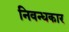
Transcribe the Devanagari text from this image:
निवन्धकार